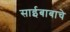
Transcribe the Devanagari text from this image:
साईबाबाचे